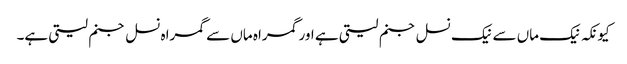
کیونکہ نیک ماں سے نیک نسل جنم لیتی ہے اور گمراہ ماں سے گمراہ نسل جنم لیتی ہے۔